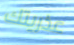
عذريتك